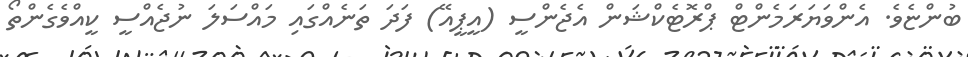
ބުންޏެވެ. އެންވަޔަރަމެންޓް ޕްރޮޓެކްޝަން އެޖެންސީ (އީޕީއޭ) ފަދަ ތަނެއްގައި މައްސަލަ ނުޖެއްސީ ކީއްވެގެންތޯ